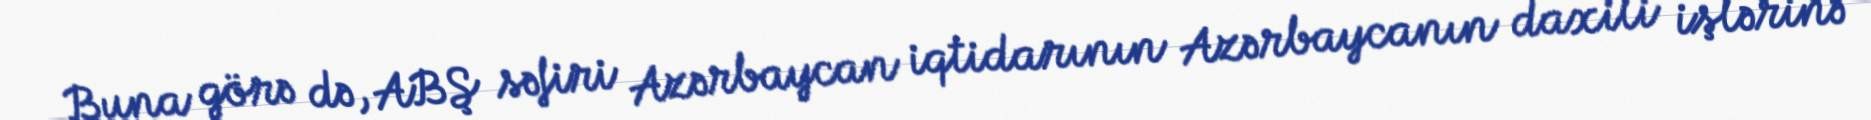
Buna görə də, ABŞ səfiri Azərbaycan iqtidarının Azərbaycanın daxili işlərinə